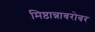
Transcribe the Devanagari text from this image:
मिष्ठान्नाबरोबर